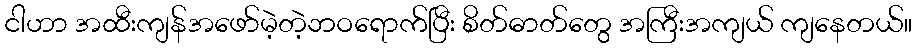
ငါဟာ အထီးကျန်အဖော်မဲ့တဲ့ဘဝရောက်ပြီး စိတ်ဓာတ်တွေ အကြီးအကျယ် ကျနေတယ်။